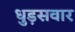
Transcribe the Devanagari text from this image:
धुड़सवार